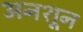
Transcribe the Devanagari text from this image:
अनशून